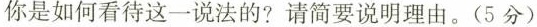
你是如何看待这一说法的?请简要说明理由。(5分)